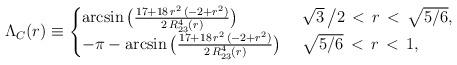
LaTeX: \begin{align*}\Lambda_C(r)\equiv\begin{cases} \arcsin\big(\frac{17 + 18\, r^2\, (-2 + r^2)}{2\, R_{23}^4(r)}\big)\ & \sqrt{3}\,\big/2\,<\, r\, <\, \sqrt{5/6},\\ -\pi - \arcsin\big(\frac{17 + 18\, r^2\, (-2 + r^2)}{2\, R_{23}^4(r)}\big)\ & \sqrt{5/6}\,<\,r\,<\,1,\\ \end{cases}\end{align*}